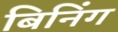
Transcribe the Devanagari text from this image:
बिनिंग